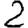
Digit: 2